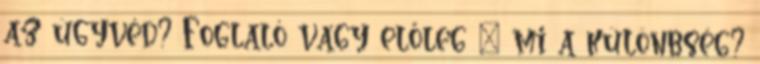
az ügyvéd? Foglaló vagy előleg – mi a különbség?